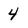
Character: 4